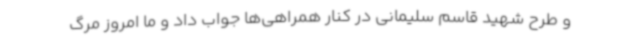
و طرح شهید قاسم سلیمانی در کنار همراهی‌ها جواب داد و ما امروز مرگ